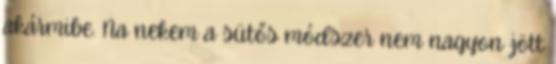
akármibe. Na nekem a sütős módszer nem nagyon jött